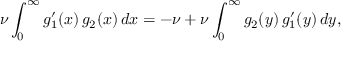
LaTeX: \nu \int _ { 0 } ^ { \infty } g _ { 1 } ^ { \prime } ( x ) \, g _ { 2 } ( x ) \, d x = - \nu + \nu \int _ { 0 } ^ { \infty } g _ { 2 } ( y ) \, g _ { 1 } ^ { \prime } ( y ) \, d y ,